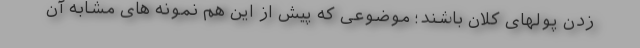
زدن پولهای کلان باشند؛ موضوعی که پیش از این هم نمونه های مشابه آن